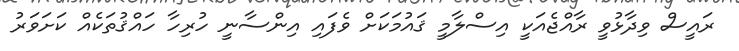
ރައީސް ވިދާޅުވީ ރާއްޖެއަކީ އިސްލާމީ ޤައުމަކަށް ވެފައި އިންސާނީ ހުރިހާ ހައްޤުތަކެއް ކަށަވަރު